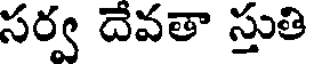
సర్వ దేవతా స్తుతి